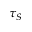
\tau _ { S }